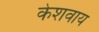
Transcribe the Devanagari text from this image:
केशवाय